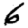
Digit: 6